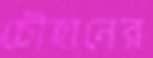
চৌহানের